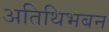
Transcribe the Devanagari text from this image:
अतिथिभबन